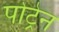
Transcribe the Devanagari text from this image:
पोट्रेन